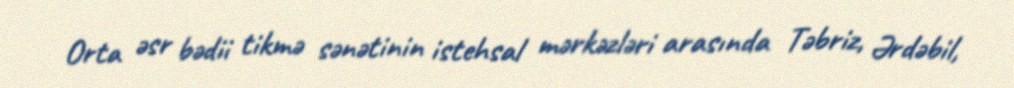
Orta əsr bədii tikmə sənətinin istehsal mərkəzləri arasında Təbriz, Ərdəbil,